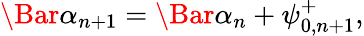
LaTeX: \Bar{\alpha}_{n+1}=\Bar{\alpha}_{n}+\psi_{0,n+1}^{+},